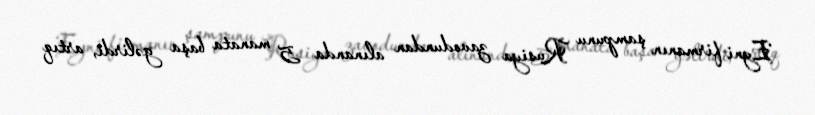
Eyni firmanın şampunu Rusiya zavodundan alınanda 5 manata başa gəlirdi, artıq